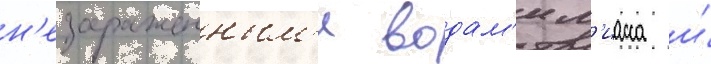
н'езараженным'и водам'и м'иасса и́